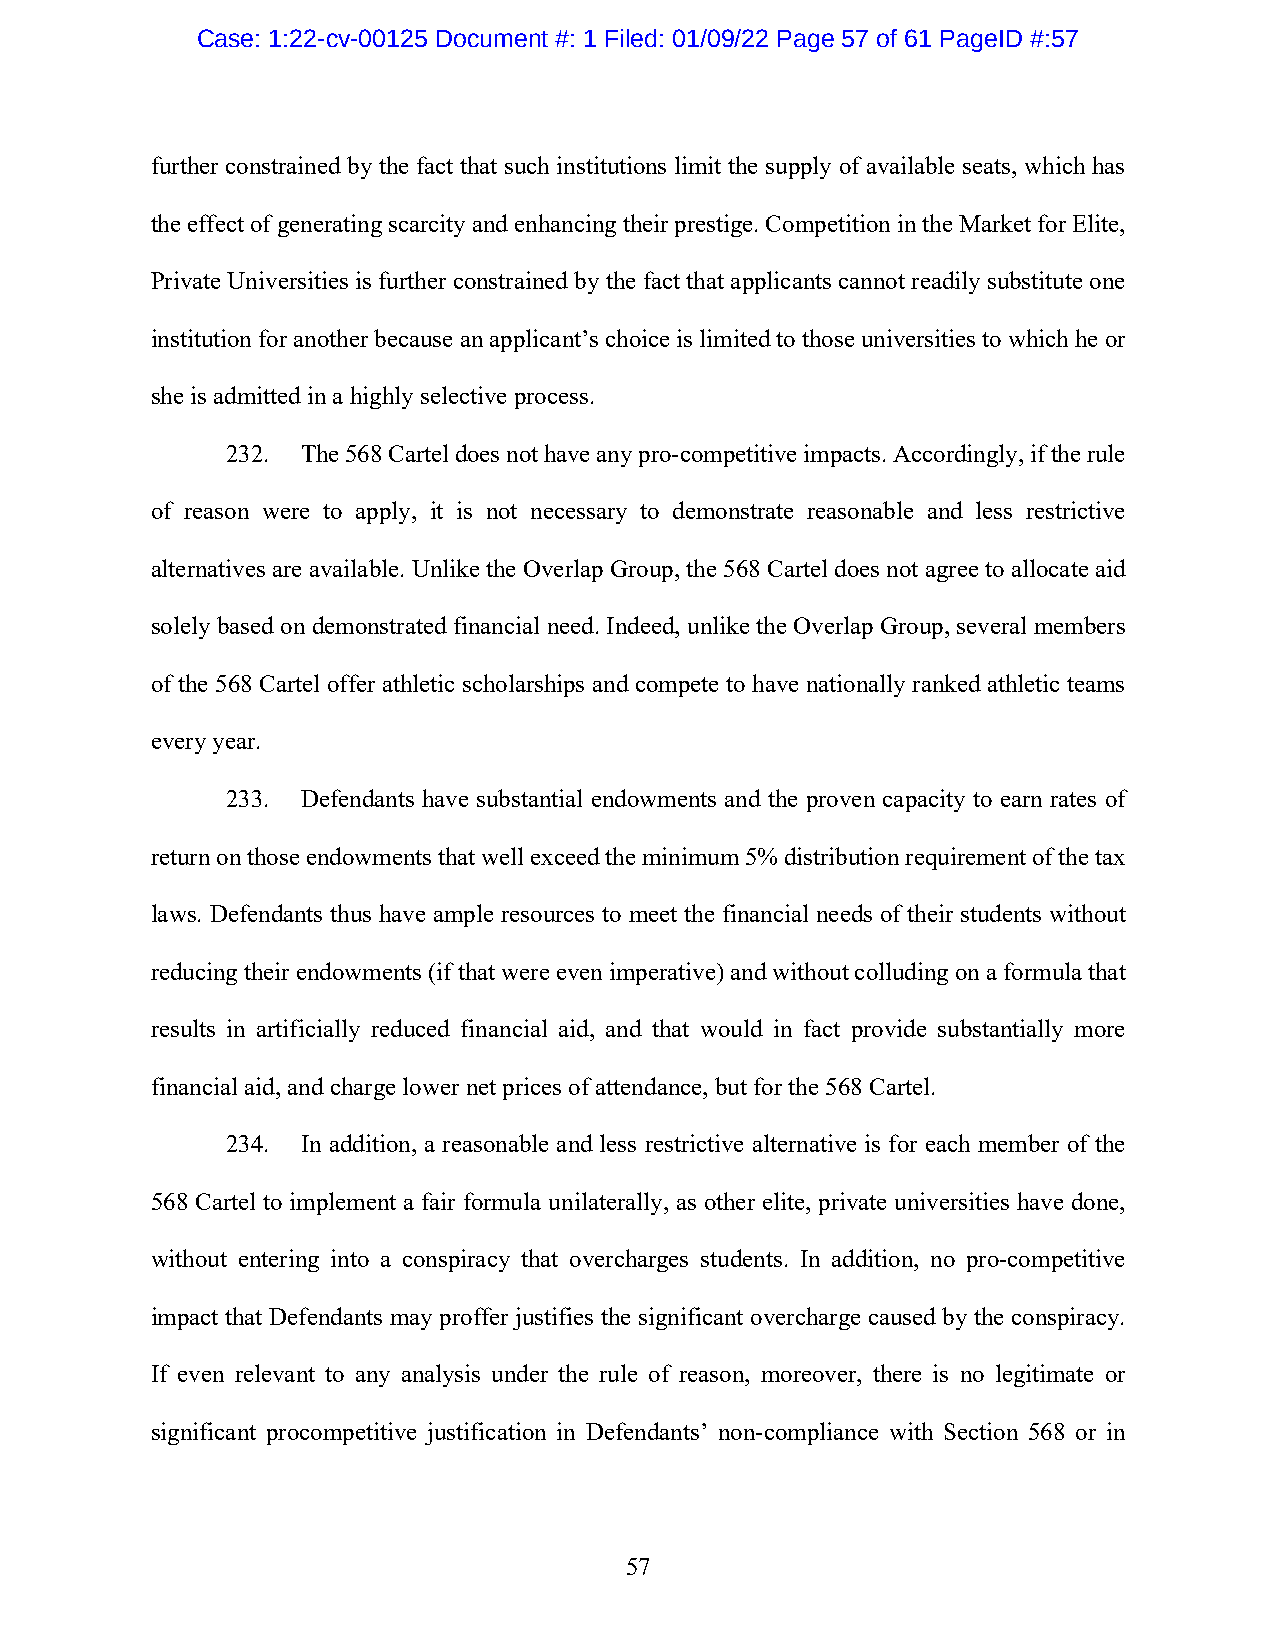
Case: 1:22-cv-00125 Document #: 1 Filed: 01/09/22 Page 57 of 61 PageID #:57
 further constrained by the fact that such institutions limit the supply of available seats, which has
 the effect of generating scarcity and enhancing their prestige. Competition in the Market for Elite,
 Private Universities is further constrained by the fact that applicants cannot readily substitute one
 institution for another because an applicant’s choice is limited to those universities to which he or
 she is admitted in a highly selective process.
 232. The 568 Cartel does not have any pro-competitive impacts. Accordingly, if the rule
 of reason were to apply, it is not necessary to demonstrate reasonable and less restrictive
 alternatives are available. Unlike the Overlap Group, the 568 Cartel does not agree to allocate aid
 solely based on demonstrated financial need. Indeed, unlike the Overlap Group, several members
 of the 568 Cartel offer athletic scholarships and compete to have nationally ranked athletic teams
 every year.
 233. Defendants have substantial endowments and the proven capacity to earn rates of
 return on those endowments that well exceed the minimum 5% distribution requirement of the tax
 laws. Defendants thus have ample resources to meet the financial needs of their students without
 reducing their endowments (if that were even imperative) and without colluding on a formula that
 results in artificially reduced financial aid, and that would in fact provide substantially more
 financial aid, and charge lower net prices of attendance, but for the 568 Cartel.
 234. In addition, a reasonable and less restrictive alternative is for each member of the
 568 Cartel to implement a fair formula unilaterally, as other elite, private universities have done,
 without entering into a conspiracy that overcharges students. In addition, no pro-competitive
 impact that Defendants may proffer justifies the significant overcharge caused by the conspiracy.
 If even relevant to any analysis under the rule of reason, moreover, there is no legitimate or
 significant procompetitive justification in Defendants’ non-compliance with Section 568 or in
 57